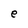
Character: e